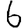
Digit: 6